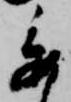
委